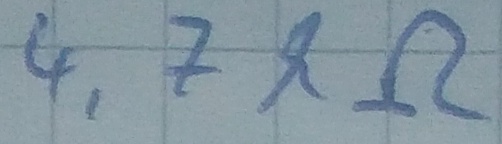
Text: 4,7kΩ